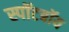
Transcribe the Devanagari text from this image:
स्पॉटबॉय